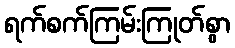
ရက်စက်ကြမ်းကြုတ်စွာ